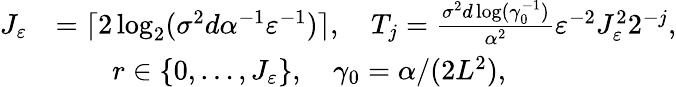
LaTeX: \begin{array}{rl}{J_{\varepsilon}}&{=\lceil 2\log_{2}(\sigma^{2}d\alpha^{-1}\varepsilon^{-1})\rceil,\quad T_{j}=\frac{\sigma^{2}d\log(\gamma_{0}^{-1})}{\alpha^{2}}\varepsilon^{-2}J_{\varepsilon}^{2}2^{-j},}\\ &{\qquad r\in\{ 0,\ldots,J_{\varepsilon}\} ,\quad\gamma_{0}=\alpha/(2L^{2}),}\end{array}